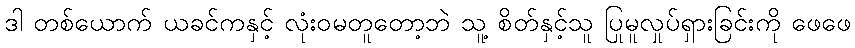
ဒါ တစ်ယောက် ယခင်ကနှင့် လုံးဝမတူတော့ဘဲ သူ့ စိတ်နှင့်သူ ပြုမူလှုပ်ရှားခြင်းကို ဖေဖေ